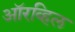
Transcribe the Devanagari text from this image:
ऑरव्हिल